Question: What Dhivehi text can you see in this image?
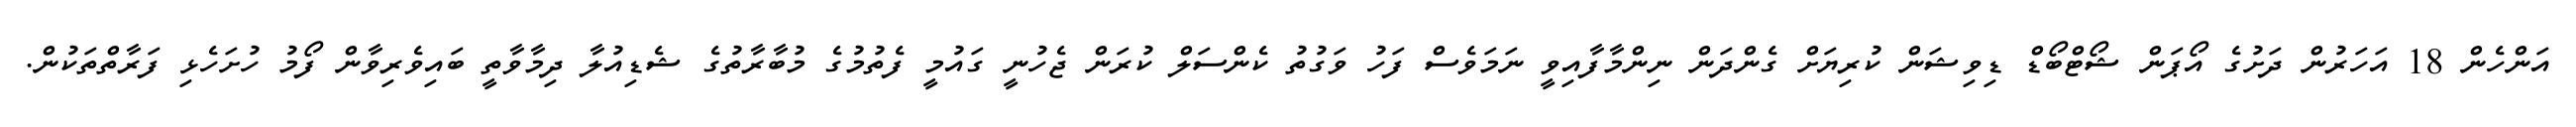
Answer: އަންހެން 18 އަހަރުން ދަށުގެ އޯޕަން ޝޯޓްބޯޑް ޑިވިޝަން ކުރިޔަށް ގެންދަން ނިންމާފާއިވީ ނަމަވެސް ފަހު ވަގުތު ކެންސަލް ކުރަން ޖެހުނީ ގައުމީ ފެތުމުގެ މުބާރާތުގެ ޝެޑިއުލާ ދިމާވާތީ ބައިވެރިވާން ފޯމު ހުށަހެޅި ފަރާތްތަކުން.